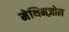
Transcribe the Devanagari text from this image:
मेथिमज़ोल